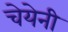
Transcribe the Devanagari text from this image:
चेयेनी